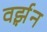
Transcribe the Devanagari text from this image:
वर्झ़न